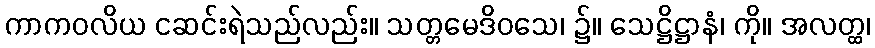
ကာကဝလိယ ငဆင်းရဲသည်လည်း။ သတ္တမေဒိဝသေ၊ ၌။ သေဋ္ဌိဋ္ဌာနံ၊ ကို။ အလတ္ထ၊